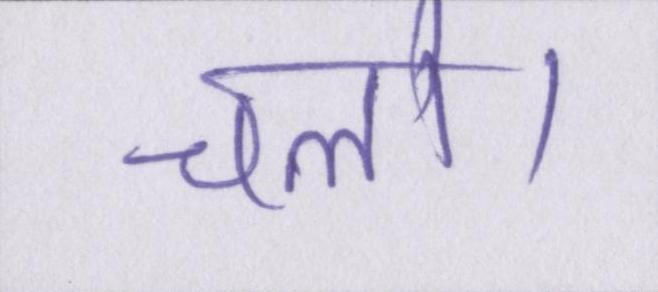
चलो।